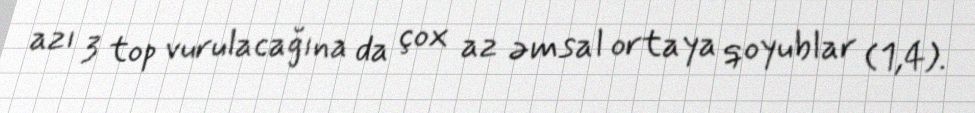
azı 3 top vurulacağına da çox az əmsal ortaya qoyublar (1,4).